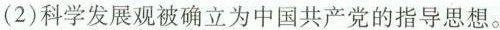
(2)科学发展观被确立为中国共产党的指导思想。